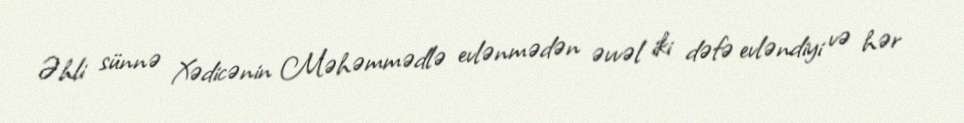
Əhli sünnə Xədicənin Məhəmmədlə evlənmədən əvvəl iki dəfə evləndiyi və hər